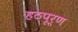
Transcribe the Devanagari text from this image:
हठपूर्ण